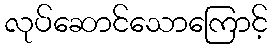
လုပ်ဆောင်သောကြောင့်